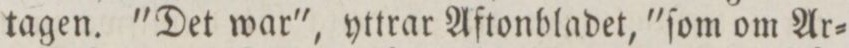
tagen. 'Det war', yttrar Aftonbladet, 'ſom om Ar=